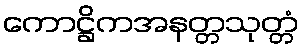
ကောဋ္ဌိကအနတ္တသုတ္တံ